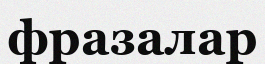
фразалар